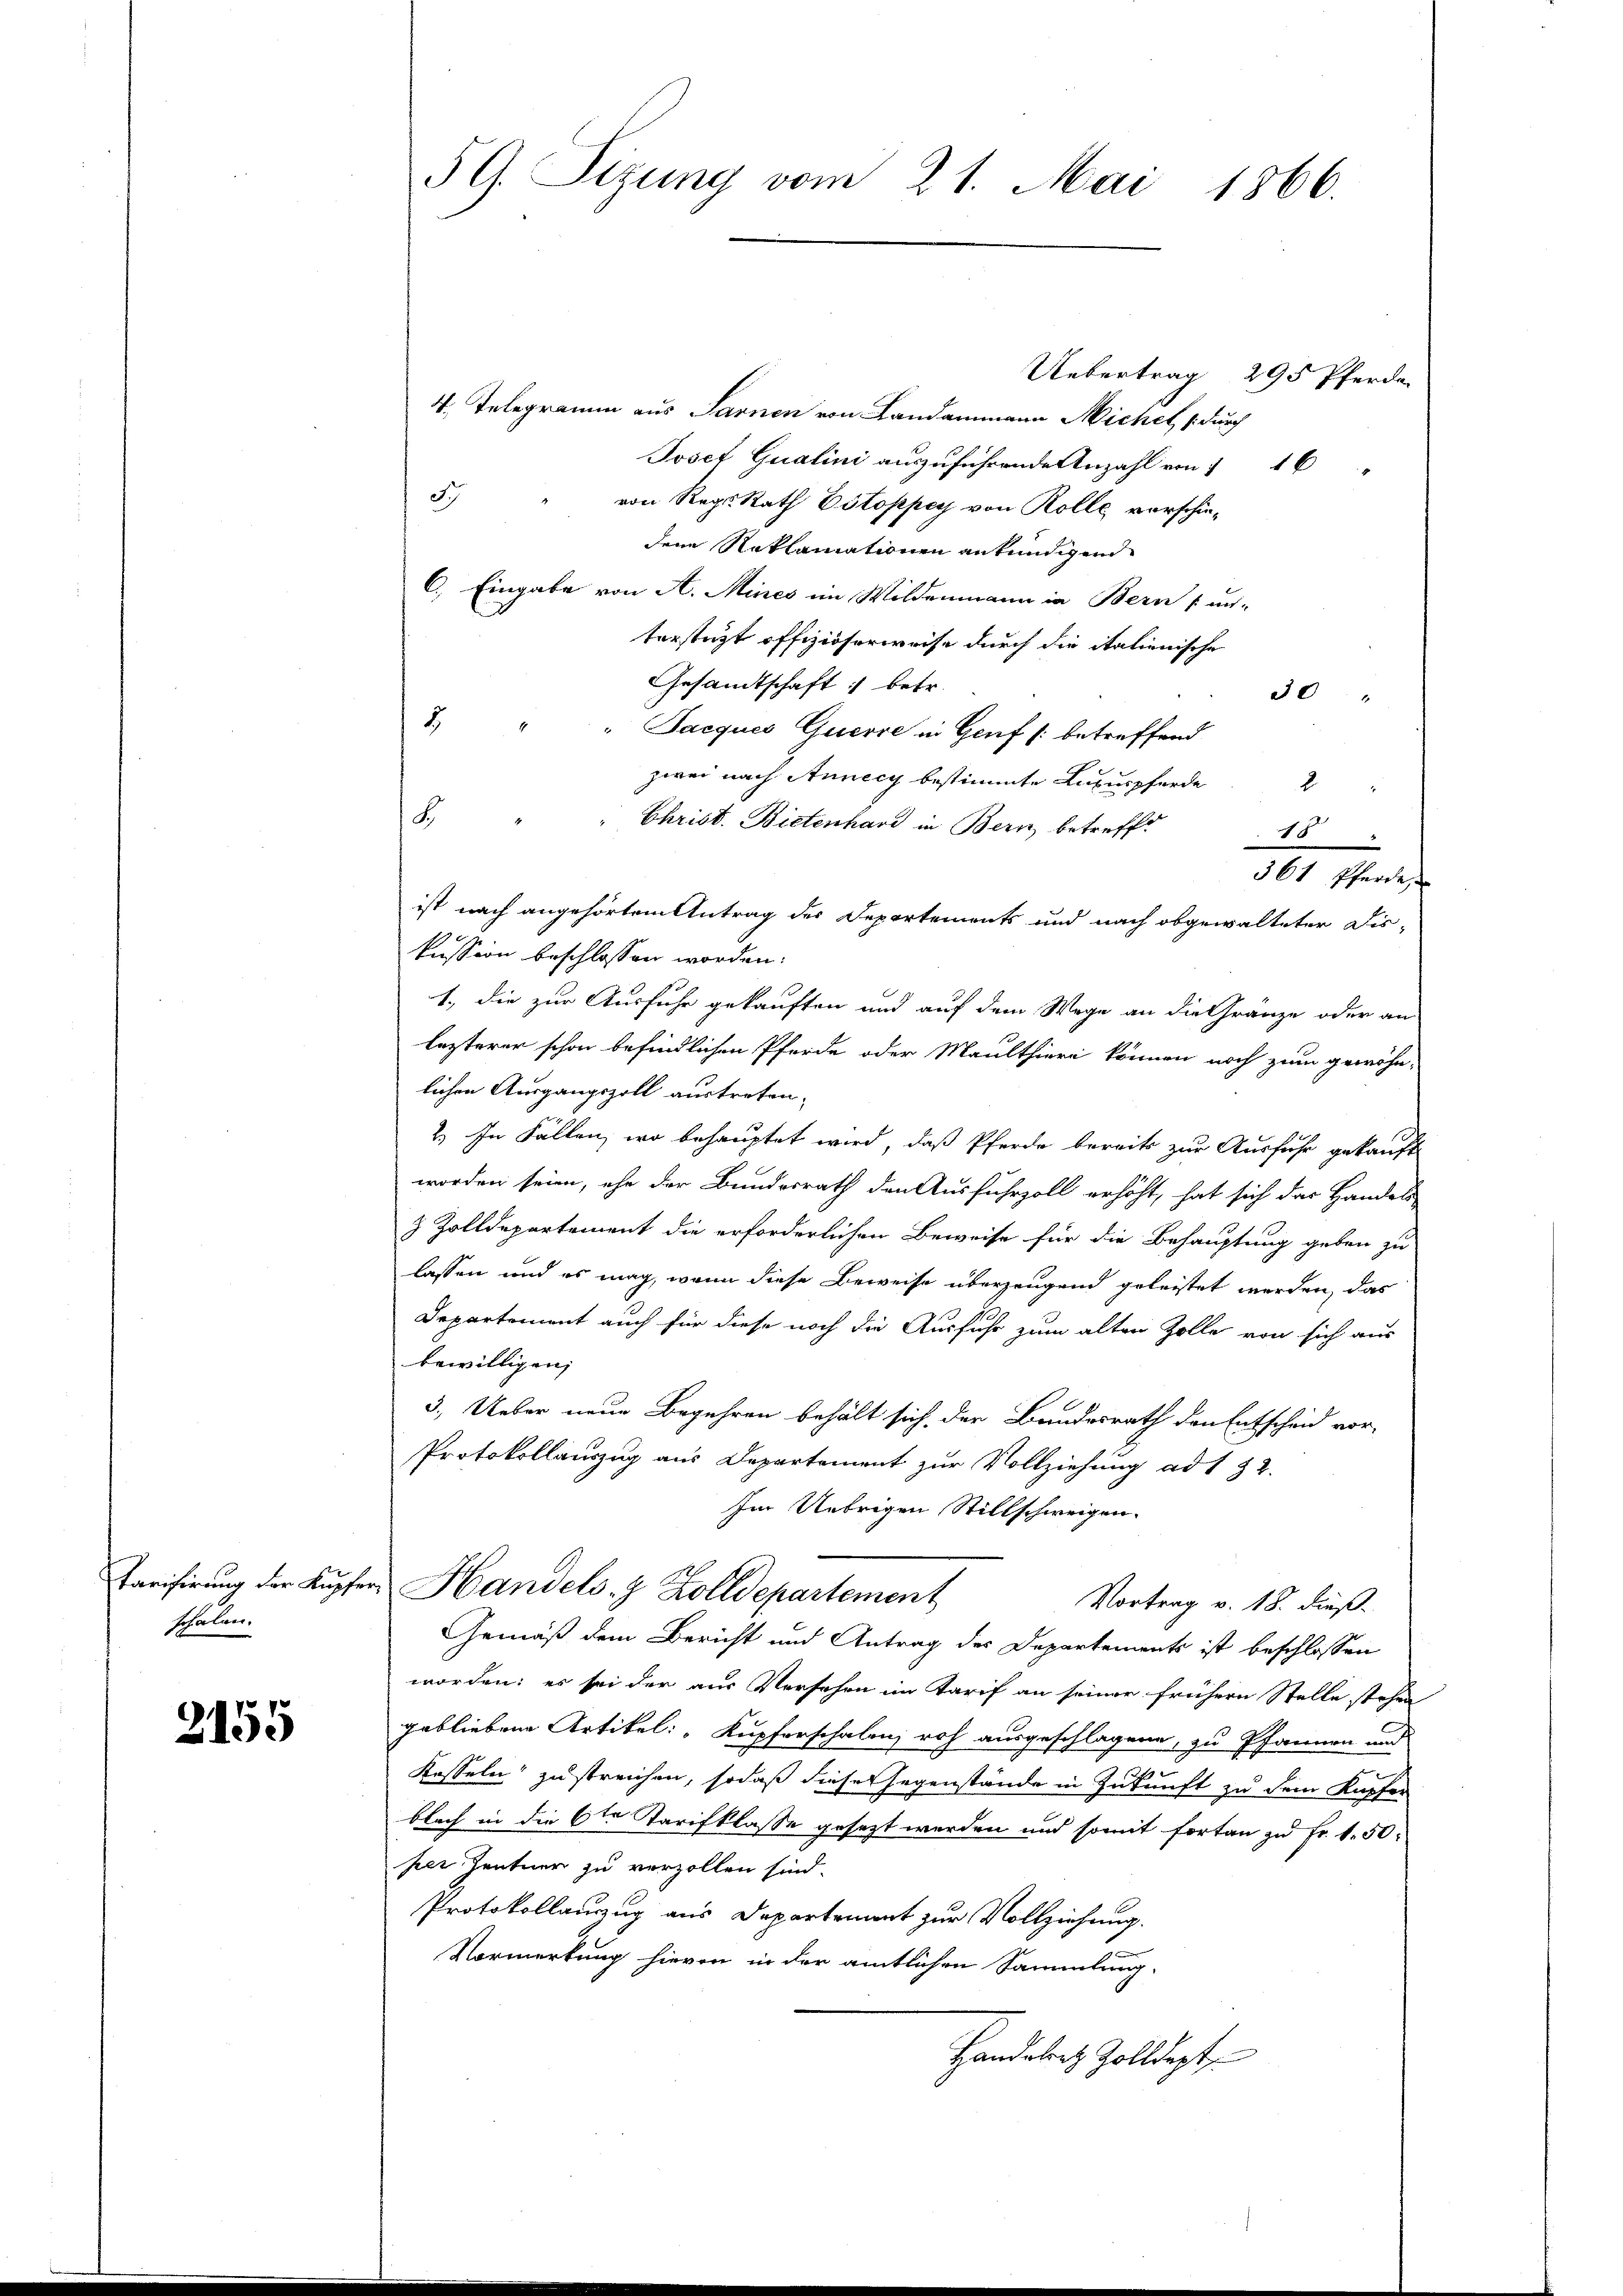
schalen.

2155

5 G. Sizung vom 21. Mai 1866.

Uebertrag 295 Pferde.
4. Telegramm aus Sarnen von Landammann Michel (durch
Josef Qualini auszuführenden Anzahl von 116
S
von Reg. Rath Estoppey von Rolle verschiedene Reklamationen ankündigend
C.) Eingabe von A. Mines im Wildenmann in Bern un-
terstützt offiziöserweise durch die italienische
Gesandtschaft : betr.
30
7. " " Jacques Querre in Genf /: betreffend
zwei nach Annecy bestimmte Luxuspferde
8
" Christ. Bietenhard in Bern betreff
ist nach angehörtem Antrag des Departements und nach obgewalteter Dis-
1
kussion beschlossen worden:
1., die zur Ausfuhr gekauften und auf dem Wege an die Gränze oder an
lezterer schon befindlichen Pferde oder Maulthiere können noch zum gewöhn-
lichen Ausgangszoll austreten.
2.) In Fällen, wo behauptet wird, daß Pferde bereits zur Ausfuhr gekauft
worden seien, ehe der Bundesrath den Ausfuhrzoll erhöht, hat sich das Handels
& Zolldepartement die erforderlichen Beweise für die Behauptung geben zu
lassen und es mag, wenn diese Beweise überzeugend geleistet werden, das
Departement auch für diese noch die Ausfuhr zum alten Zolle von sich aus
bewilligen;
3. Ueber neue Begehren behält sich der Bundesrath den Entscheid vor-
Protokollauszug aus Departement zur Vollziehung ad 132.
Im Uebrigen Stillschweigen.
Tarifirung der Kupfer Handels- & Zolldepartement
Vortrag v. 18. dieß.
Gemäß dem Bericht und Antrag des Departements ist beschlossen
worden: es sei der aus Verschen im Tarif an seiner frühern Stelle stehen
gebliebene Artikel: „Kupferschalen roh ausgeschlagene, zu Pfannen und
Kosseln zu streichen, sodaß dieses Gegenstände in Zukunft zu dem Kapfer
blech in die 6te Tarifklasse gesezt werden und somit fortan zu Fr. 1. 50
per Zentner zu verzollen sind.
Protokollauszug aus Departement zur Vollziehung.
Vormerkung hievon in der amtlichen Sammlung.
Handesrath Zolldept,

164
361 Pferde